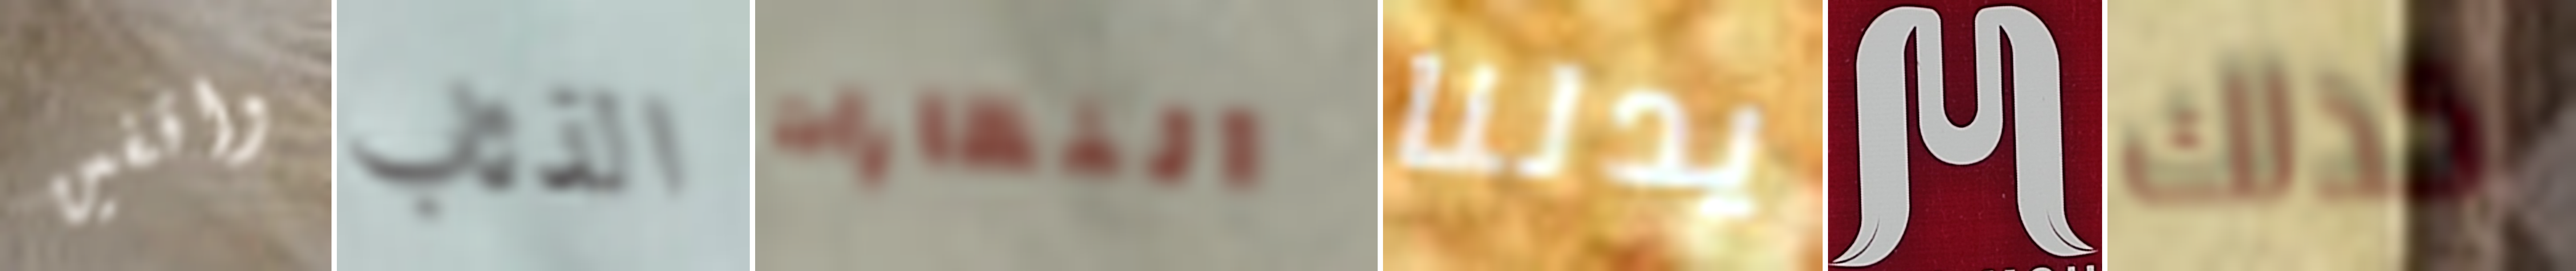
واقفين الذئاب النظارات يدلنا M كذلك